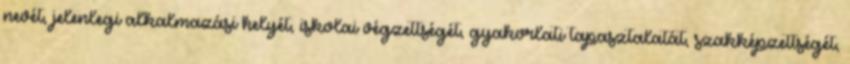
nevét, jelenlegi alkalmazási helyét, iskolai végzettségét, gyakorlati tapasztalatát, szakképzettségét,